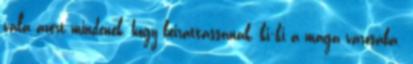
vala azért mindenek, hogy beirattassanak, ki−ki a maga városába.